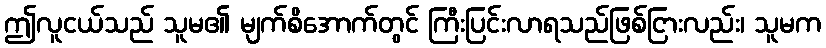
ဤလူငယ်သည် သူမ၏ မျက်စိအောက်တွင် ကြီးပြင်းလာရသည်ဖြစ်ငြားလည်း၊ သူမက